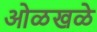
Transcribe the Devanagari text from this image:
ओळखळे